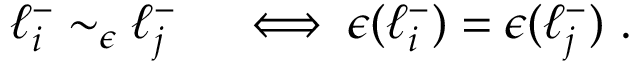
\begin{array} { r l } { \ell _ { i } ^ { - } \sim _ { \epsilon } \ell _ { j } ^ { - } } & { { } \iff \epsilon ( \ell _ { i } ^ { - } ) = \epsilon ( \ell _ { j } ^ { - } ) ~ . } \end{array}